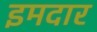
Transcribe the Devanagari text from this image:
इमदार